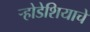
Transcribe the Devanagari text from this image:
र्‍होडेशियाचे